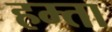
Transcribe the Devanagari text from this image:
हम्ता